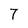
Character: 7